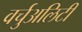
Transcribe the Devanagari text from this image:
वर्चुअलिटी